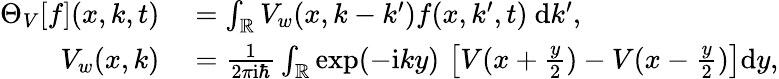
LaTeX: \begin{array}{rl}{\Theta_{V}[f](x,k,t)}&{{}=\int_{\mathbb{R}}V_{w}(x,k-{k^{\prime}})f(x,k^{\prime},t)~\mathrm{d}k^{\prime},}\\ {V_{w}(x,k)}&{{}=\frac{1}{2\pi\mathrm{i}\hbar}\int_{\mathbb{R}}\exp(-\mathrm{i}ky)\, \left[V(x+\frac{y}{2})-V(x-\frac{y}{2})\right]\mathrm{d}y,}\end{array}